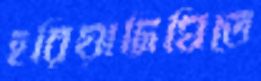
হরিয়াদিঘিতে